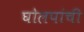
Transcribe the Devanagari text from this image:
घोलपांची